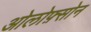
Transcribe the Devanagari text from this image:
ओलोफ़्सोन